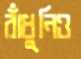
রাঁধুনিও